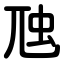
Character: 虺